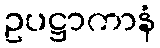
ဥပဋ္ဌာကာနံ